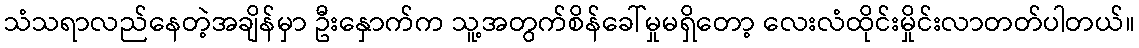
သံသရာလည်နေတဲ့အချိန်မှာ ဦးနှောက်က သူ့အတွက်စိန်ခေါ်မှုမရှိတော့ လေးလံထိုင်းမှိုင်းလာတတ်ပါတယ်။